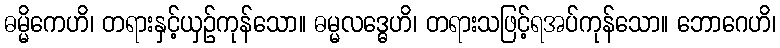
ဓမ္မိကေဟိ၊ တရားနှင့်ယှဉ်ကုန်သော။ ဓမ္မလဒ္ဓေဟိ၊ တရားသဖြင့်ရအပ်ကုန်သော။ ဘောဂေဟိ၊